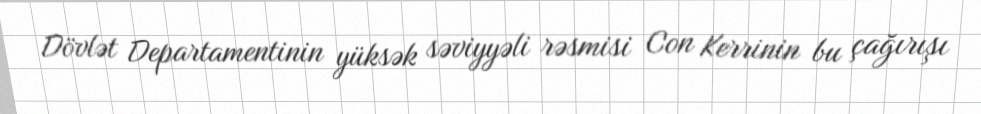
Dövlət Departamentinin yüksək səviyyəli rəsmisi Con Kerrinin bu çağırışı